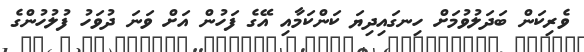
ވެރިކަން ބަދަލުވުމަށް ހިނގައިދިޔަ ކަންކަމާއި އޭގެ ފަހުން އަށް ވަނަ ދުވަހު ފުލުހުންގެ